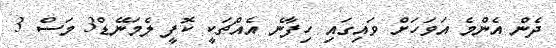
ދެން އެންމެ އަވަހަށް ވައިގައި ހިފާނެ އެއްޗަކީ ކޮފީ ލެމަނޭޑް3 މަސް 3